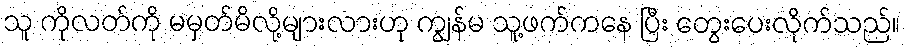
သူ ကိုလတ်ကို မမှတ်မိလို့များလားဟု ကျွန်မ သူ့ဖက်ကနေ ပြီး တွေးပေးလိုက်သည်။